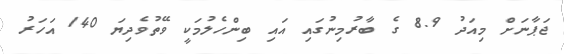
ޖަޕާނަށް މިއަދު 8.9 ގެ ބާރުމިނުގައި އައި ބިންހެލުމަކީ ވޭތުވެދިޔަ 140 އަހަރު